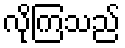
လိုကြသည်